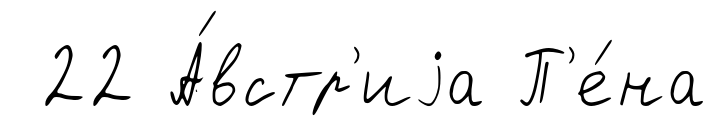
22 А́встр'иjа П'е́на